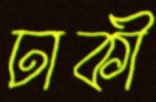
ঢাকী